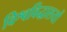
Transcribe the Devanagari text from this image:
विश्वविद्धालयों